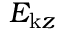
E _ { \mathrm { k } z }